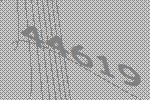
44619